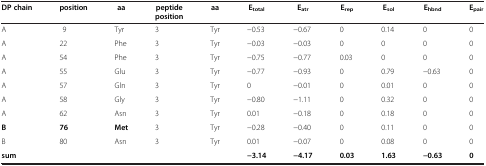
<table><thead><tr><td><b>DP chain</b></td><td><b>position</b></td><td><b>aa</b></td><td><b>peptide position</b></td><td><b>aa</b></td><td><b>E<sub>total</sub></b></td><td><b>E<sub>atr</sub></b></td><td><b>E<sub>rep</sub></b></td><td><b>E<sub>sol</sub></b></td><td><b>E<sub>hbnd</sub></b></td><td><b>E<sub>pair</sub></b></td></tr></thead><tbody><tr><td>A</td><td>9</td><td>Tyr</td><td>3</td><td>Tyr</td><td>−0.53</td><td>−0.67</td><td>0</td><td>0.14</td><td>0</td><td>0</td></tr><tr><td>A</td><td>22</td><td>Phe</td><td>3</td><td>Tyr</td><td>−0.03</td><td>−0.03</td><td>0</td><td>0</td><td>0</td><td>0</td></tr><tr><td>A</td><td>54</td><td>Phe</td><td>3</td><td>Tyr</td><td>−0.75</td><td>−0.77</td><td>0.03</td><td>0</td><td>0</td><td>0</td></tr><tr><td>A</td><td>55</td><td>Glu</td><td>3</td><td>Tyr</td><td>−0.77</td><td>−0.93</td><td>0</td><td>0.79</td><td>−0.63</td><td>0</td></tr><tr><td>A</td><td>57</td><td>Gln</td><td>3</td><td>Tyr</td><td>0</td><td>−0.01</td><td>0</td><td>0.01</td><td>0</td><td>0</td></tr><tr><td>A</td><td>58</td><td>Gly</td><td>3</td><td>Tyr</td><td>−0.80</td><td>−1.11</td><td>0</td><td>0.32</td><td>0</td><td>0</td></tr><tr><td>A</td><td>62</td><td>Asn</td><td>3</td><td>Tyr</td><td>0.01</td><td>−0.18</td><td>0</td><td>0.18</td><td>0</td><td>0</td></tr><tr><td><b>B</b></td><td><b>76</b></td><td><b>Met</b></td><td>3</td><td>Tyr</td><td>−0.28</td><td>−0.40</td><td>0</td><td>0.11</td><td>0</td><td>0</td></tr><tr><td>B</td><td>80</td><td>Asn</td><td>3</td><td>Tyr</td><td>0.01</td><td>−0.07</td><td>0</td><td>0.08</td><td>0</td><td>0</td></tr><tr><td><b>sum</b></td><td> </td><td> </td><td> </td><td> </td><td><b>−3.14</b></td><td><b>−4.17</b></td><td><b>0.03</b></td><td><b>1.63</b></td><td><b>−0.63</b></td><td><b>0</b></td></tr></tbody></table>